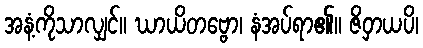
အနံ့ကိုသာလျှင်။ ဃာယိတဗ္ဗော၊ နံအပ်ရာ၏။ ဇိဝှာယပိ၊